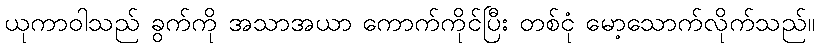
ယုကာဝါသည် ခွက်ကို အသာအယာ ကောက်ကိုင်ပြီး တစ်ငုံ မော့သောက်လိုက်သည်။